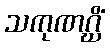
သကုဏဂ္ဃိံ